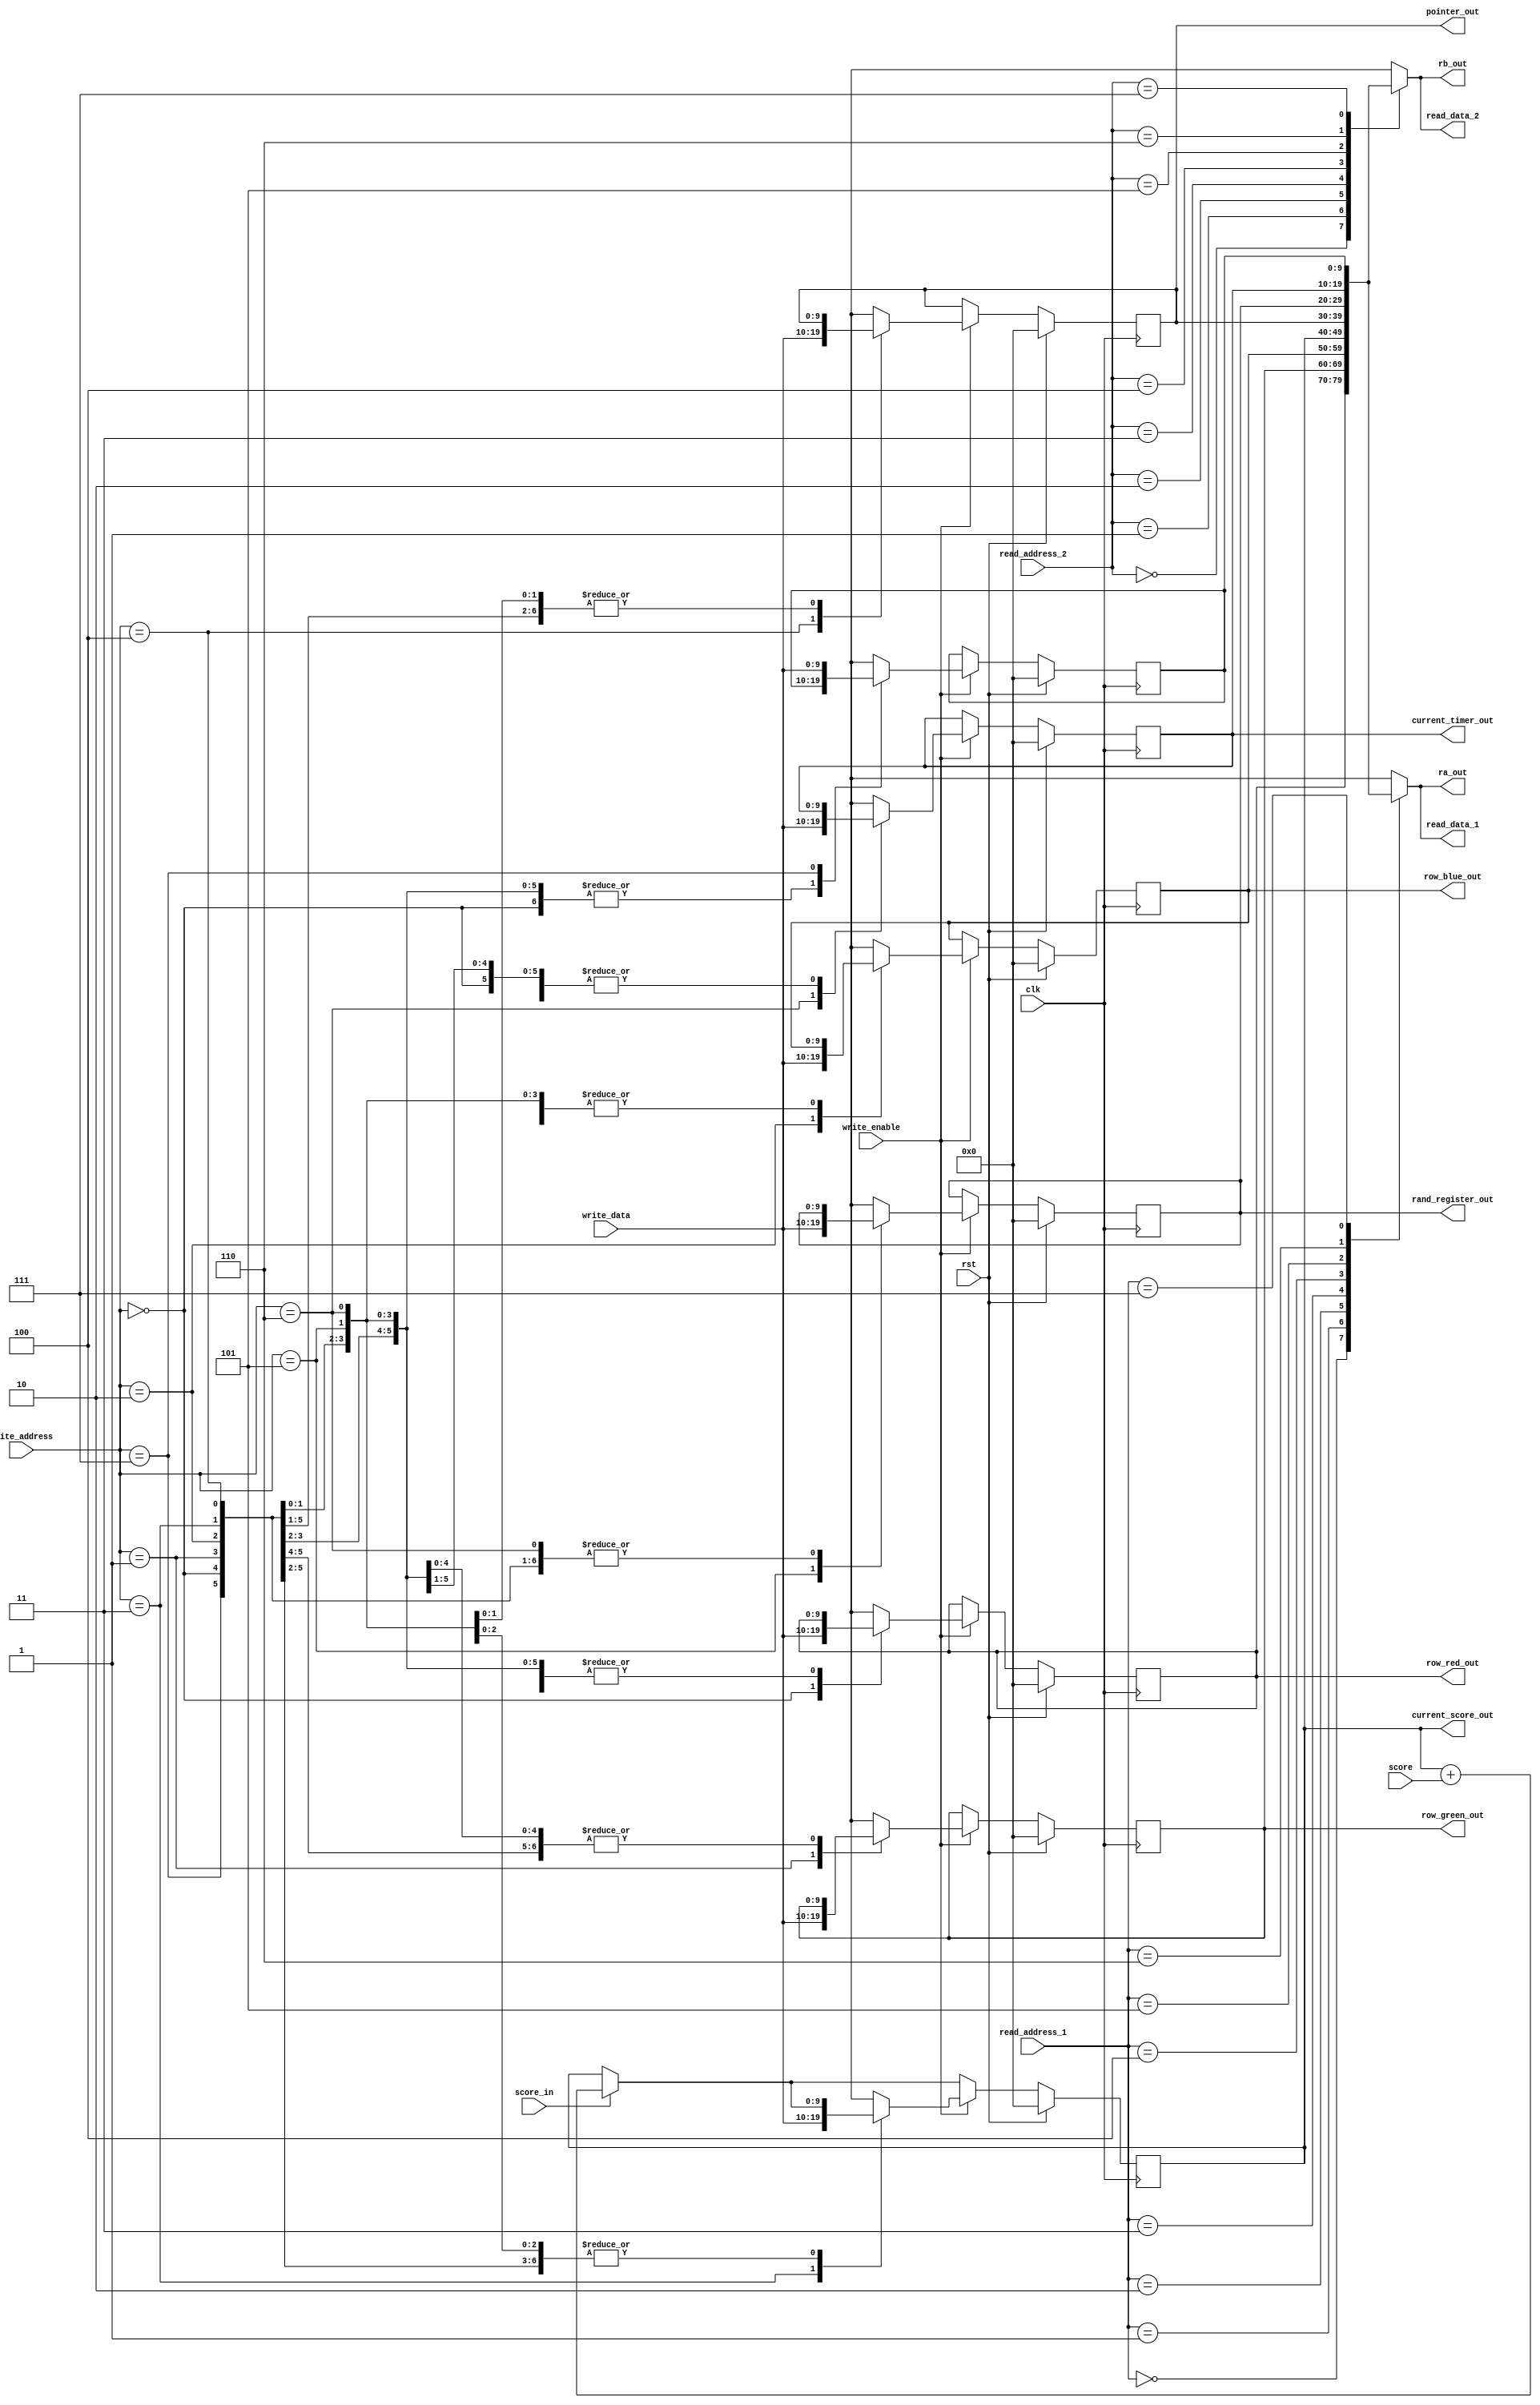
/*
   This file was generated automatically by Alchitry Labs version 1.2.1.
   Do not edit this file directly. Instead edit the original Lucid source.
   This is a temporary file and any changes made to it will be destroyed.
*/

module regfile_10 (
    input clk,
    input [2:0] read_address_1,
    input [2:0] read_address_2,
    input [2:0] write_address,
    input [9:0] write_data,
    input write_enable,
    input rst,
    output reg [9:0] read_data_1,
    output reg [9:0] read_data_2,
    input [0:0] score_in,
    input [9:0] score,
    output reg [9:0] pointer_out,
    output reg [9:0] row_red_out,
    output reg [9:0] row_green_out,
    output reg [9:0] row_blue_out,
    output reg [9:0] rand_register_out,
    output reg [9:0] current_timer_out,
    output reg [9:0] current_score_out,
    output reg [9:0] ra_out,
    output reg [9:0] rb_out
  );
  
  
  
  reg [9:0] out_a;
  reg [9:0] out_b;
  
  reg [9:0] M_row_red_d, M_row_red_q = 1'h0;
  reg [9:0] M_row_green_d, M_row_green_q = 1'h0;
  reg [9:0] M_row_blue_d, M_row_blue_q = 1'h0;
  reg [9:0] M_current_score_d, M_current_score_q = 1'h0;
  reg [9:0] M_pointer_d, M_pointer_q = 1'h0;
  reg [9:0] M_rand_register_d, M_rand_register_q = 1'h0;
  reg [9:0] M_temp_var_d, M_temp_var_q = 1'h0;
  reg [9:0] M_current_timer_d, M_current_timer_q = 1'h0;
  
  always @* begin
    M_row_green_d = M_row_green_q;
    M_pointer_d = M_pointer_q;
    M_rand_register_d = M_rand_register_q;
    M_current_timer_d = M_current_timer_q;
    M_row_red_d = M_row_red_q;
    M_current_score_d = M_current_score_q;
    M_temp_var_d = M_temp_var_q;
    M_row_blue_d = M_row_blue_q;
    
    out_a = 1'h0;
    out_b = 1'h0;
    if (score_in) begin
      M_current_score_d = M_current_score_q + score;
    end
    if (write_enable) begin
      
      case (write_address)
        3'h0: begin
          M_row_red_d = write_data;
        end
        3'h1: begin
          M_row_green_d = write_data;
        end
        3'h2: begin
          M_row_blue_d = write_data;
        end
        3'h3: begin
          M_current_score_d = write_data;
        end
        3'h4: begin
          M_pointer_d = write_data;
        end
        3'h5: begin
          M_rand_register_d = write_data;
        end
        3'h6: begin
          M_current_timer_d = write_data;
        end
        3'h7: begin
          M_temp_var_d = write_data;
        end
      endcase
    end
    
    case (read_address_1)
      3'h0: begin
        read_data_1 = M_row_red_q;
        out_a = M_row_red_q;
      end
      3'h1: begin
        read_data_1 = M_row_green_q;
        out_a = M_row_green_q;
      end
      3'h2: begin
        read_data_1 = M_row_blue_q;
        out_a = M_row_blue_q;
      end
      3'h3: begin
        read_data_1 = M_current_score_q;
        out_a = M_current_score_q;
      end
      3'h4: begin
        read_data_1 = M_pointer_q;
        out_a = M_pointer_q;
      end
      3'h5: begin
        read_data_1 = M_rand_register_q;
        out_a = M_rand_register_q;
      end
      3'h6: begin
        read_data_1 = M_current_timer_q;
        out_a = M_current_timer_q;
      end
      3'h7: begin
        read_data_1 = M_temp_var_q;
        out_a = M_temp_var_q;
      end
      default: begin
        read_data_1 = 10'h000;
      end
    endcase
    
    case (read_address_2)
      3'h0: begin
        read_data_2 = M_row_red_q;
        out_b = M_row_red_q;
      end
      3'h1: begin
        read_data_2 = M_row_green_q;
        out_b = M_row_green_q;
      end
      3'h2: begin
        read_data_2 = M_row_blue_q;
        out_b = M_row_blue_q;
      end
      3'h3: begin
        read_data_2 = M_current_score_q;
        out_b = M_current_score_q;
      end
      3'h4: begin
        read_data_2 = M_pointer_q;
        out_b = M_pointer_q;
      end
      3'h5: begin
        read_data_2 = M_rand_register_q;
        out_b = M_rand_register_q;
      end
      3'h6: begin
        read_data_2 = M_current_timer_q;
        out_b = M_current_timer_q;
      end
      3'h7: begin
        read_data_2 = M_temp_var_q;
        out_b = M_temp_var_q;
      end
      default: begin
        read_data_2 = 10'h000;
      end
    endcase
    ra_out = out_a;
    rb_out = out_b;
    row_red_out = M_row_red_q;
    row_green_out = M_row_green_q;
    row_blue_out = M_row_blue_q;
    pointer_out = M_pointer_q;
    rand_register_out = M_rand_register_q;
    current_timer_out = M_current_timer_q;
    current_score_out = M_current_score_q;
  end
  
  always @(posedge clk) begin
    if (rst == 1'b1) begin
      M_row_red_q <= 1'h0;
      M_row_green_q <= 1'h0;
      M_row_blue_q <= 1'h0;
      M_current_score_q <= 1'h0;
      M_pointer_q <= 1'h0;
      M_rand_register_q <= 1'h0;
      M_temp_var_q <= 1'h0;
      M_current_timer_q <= 1'h0;
    end else begin
      M_row_red_q <= M_row_red_d;
      M_row_green_q <= M_row_green_d;
      M_row_blue_q <= M_row_blue_d;
      M_current_score_q <= M_current_score_d;
      M_pointer_q <= M_pointer_d;
      M_rand_register_q <= M_rand_register_d;
      M_temp_var_q <= M_temp_var_d;
      M_current_timer_q <= M_current_timer_d;
    end
  end
  
endmodule